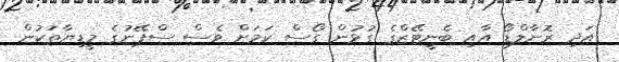
އަދި ރޮނާލްޑޯ އާއި ބެނީޓޭޒްގެ ގުޅުން ގޯސް ކަމަށް ވެސް ސްޕޭނުގެ މީޑިޔާތަކުން